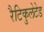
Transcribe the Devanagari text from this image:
रैटिकुलेटेड